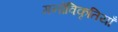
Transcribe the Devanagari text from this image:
मनोविकृतियाँ